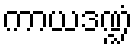
ကာယဒဏ္ဍံ